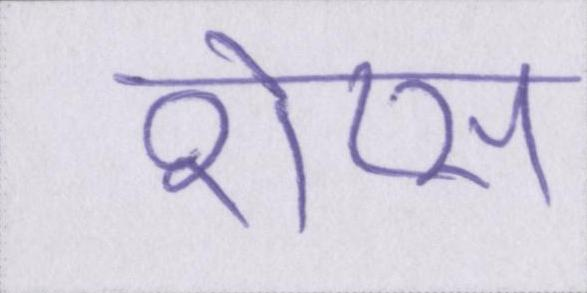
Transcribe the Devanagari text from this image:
शेप्स